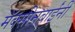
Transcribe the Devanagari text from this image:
मॅक्सीनबाईंनी